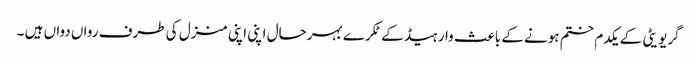
گریویٹی کے یکدم ختم ہونے کے باعث وار ہیڈ کے ٹکرے بہرحال اپنی اپنی منزل کی طرف رواں دواں ہیں ۔